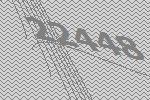
22448